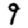
Digit: 9